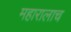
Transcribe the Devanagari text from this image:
महारालाच